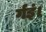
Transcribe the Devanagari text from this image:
र्गइं।